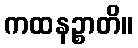
ကထနဉ္စာတိ။